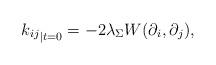
LaTeX: \begin{align*}{k_{ij}}_{|t=0} = -2 \lambda_{\Sigma} W(\partial_i,\partial_j), \end{align*}